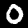
Digit: 0